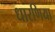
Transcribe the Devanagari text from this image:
धारणिया